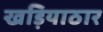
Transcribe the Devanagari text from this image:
खड़ियाठार